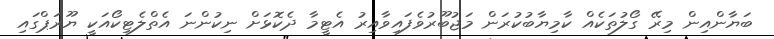
ބަޔާންއިން މިރޭ ގޯލުތަކެއް ކާމިޔާބުކުރަން މަޖުބޫރުވެފައިވާއިރު އެޓީމާ ދެކޮޅަށް ނިކުންނަ އެތްލެޓިކޯއަކީ ޔޫރަޕްގައި